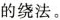
的绕法。